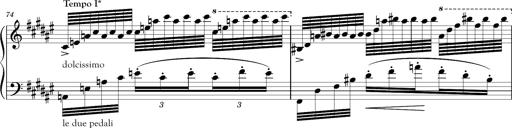
Title: Schlummerlied mit Arabesken
Composer: Franz Liszt
Key: F-sharp major